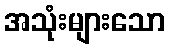
အသုံးများသော